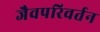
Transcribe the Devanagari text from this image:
जैवपरिवर्तन